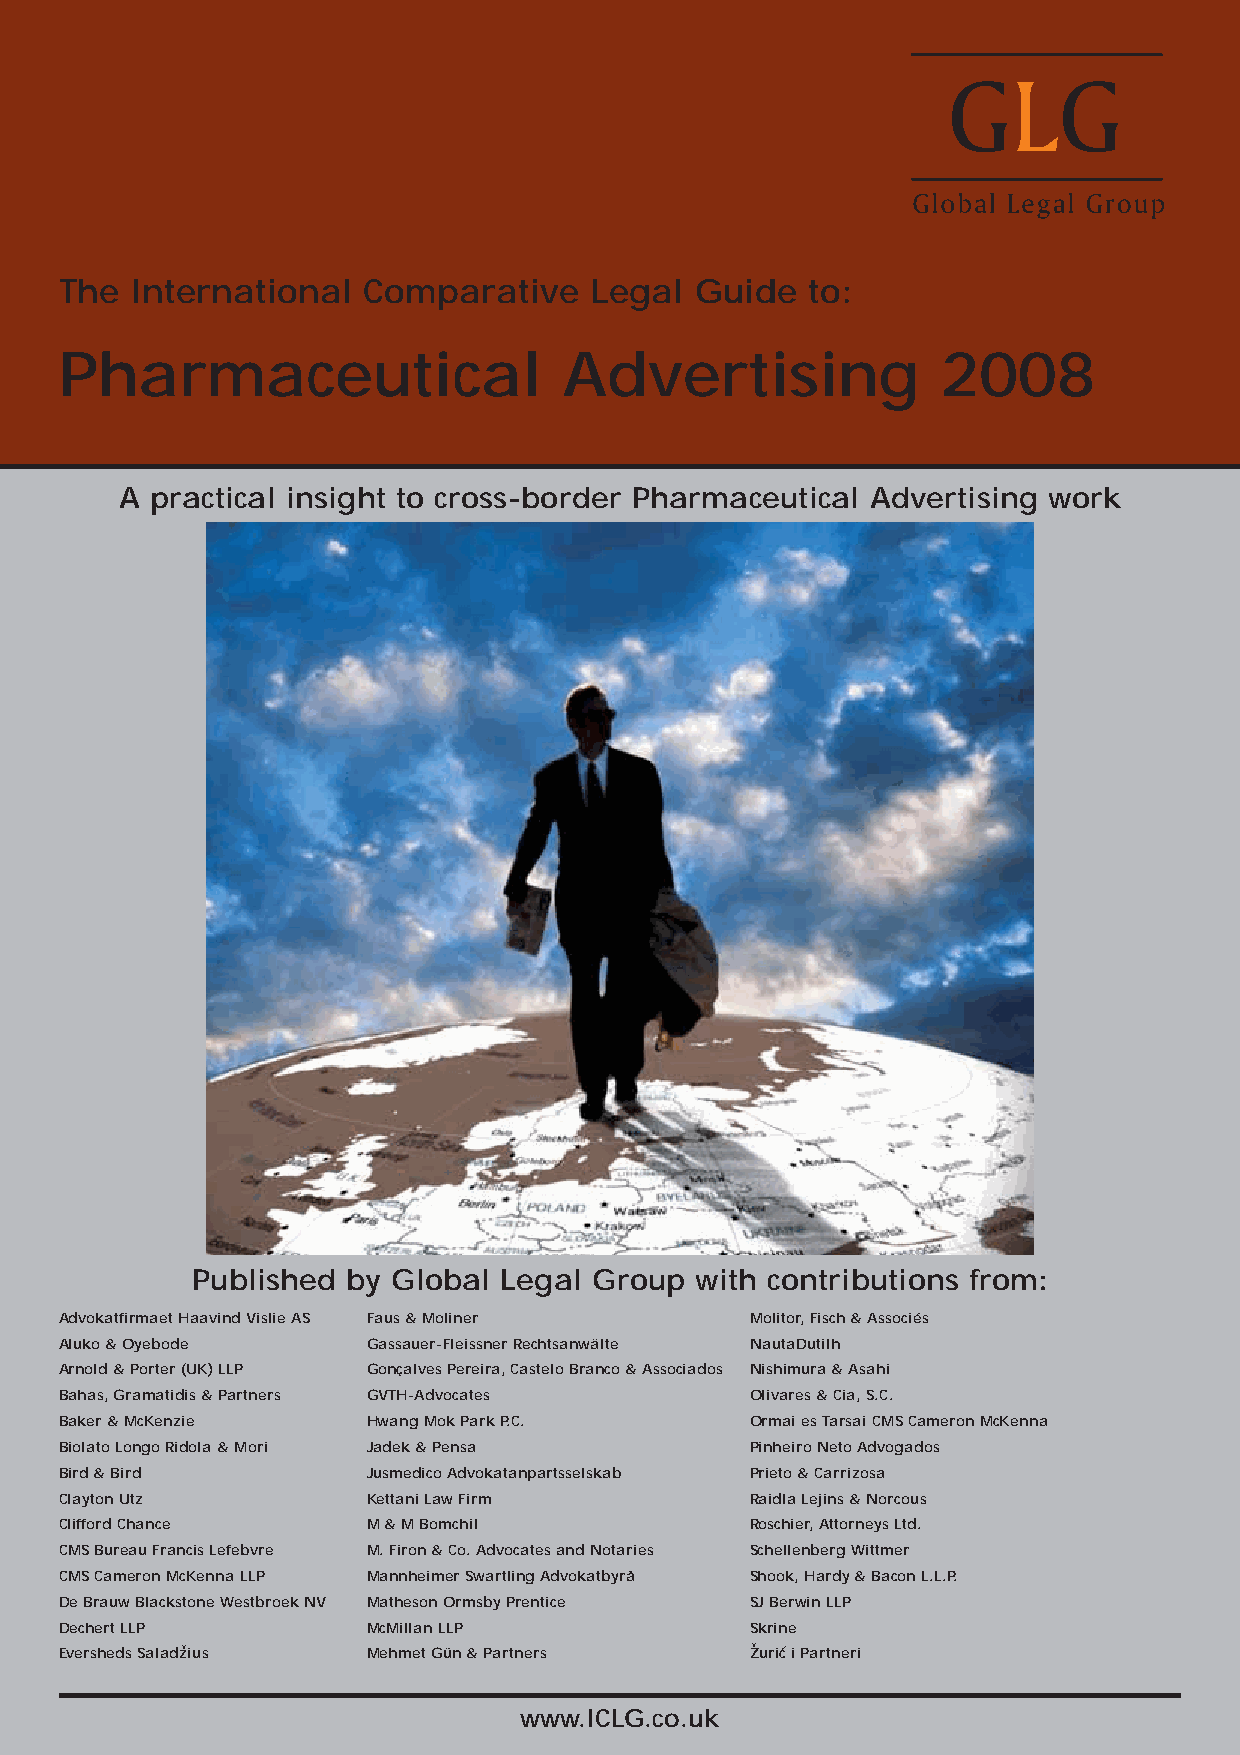
The  International  Comparative    Legal  Guide   to:
 Pharmaceutical                   Advertising              2008
 A practical insight to cross-border Pharmaceutical Advertising work
 Published by Global Legal Group  with contributions from:
 Advokatfirmaet Haavind Vislie AS Faus & Moliner Molitor, Fisch & Associés
 Aluko & Oyebode     Gassauer-Fleissner Rechtsanwälte NautaDutilh
 Arnold & Porter (UK) LLP Gonçalves Pereira, Castelo Branco & Associados Nishimura & Asahi
 Bahas, Gramatidis & Partners GVTH-Advocates   Olivares & Cia, S.C.
 Baker & McKenzie    Hwang Mok Park P.C.       Ormai es Tarsai CMS Cameron McKenna
 Biolato Longo Ridola & Mori Jadek & Pensa     Pinheiro Neto Advogados
 Bird & Bird         Jusmedico Advokatanpartsselskab Prieto & Carrizosa
 Clayton Utz         Kettani Law Firm          Raidla Lejins & Norcous
 Clifford Chance     M & M Bomchil             Roschier, Attorneys Ltd.
 CMS Bureau Francis Lefebvre M. Firon & Co. Advocates and Notaries Schellenberg Wittmer
 CMS Cameron McKenna LLP Mannheimer Swartling Advokatbyrå Shook, Hardy & Bacon L.L.P.
 De Brauw Blackstone Westbroek NV Matheson Ormsby Prentice SJ Berwin LLP
 Dechert LLP         McMillan LLP              Skrine
 Eversheds Saladzvius Mehmet Gün & Partners    Zvuric i Partneri
 www.ICLG.co.uk